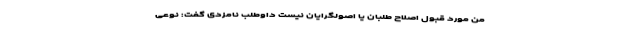
من مورد قبول اصلاح ‌طلبان یا اصولگرایان نیست داوطلب نامزدی گفت: نوعی